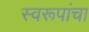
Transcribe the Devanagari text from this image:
स्वरूपांचा